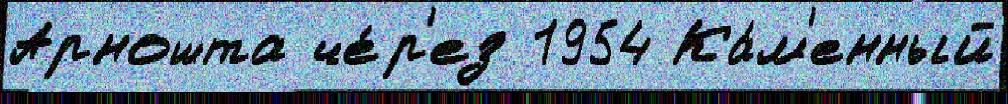
Арношта че́р'ез 1954 Ка́м'енный